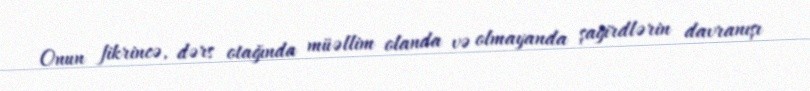
Onun fikrincə, dərs otağında müəllim olanda və olmayanda şagirdlərin davranışı